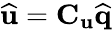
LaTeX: \widehat{\mathbf{u}}=\mathbf{C}_{\mathbf{u}}\widehat{\mathbf{q}}